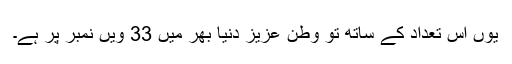
یوں اس تعداد کے ساتھ تو وطنِ عزیز دنیا بھر میں 33 ویں نمبر پر ہے۔